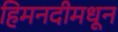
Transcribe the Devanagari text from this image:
हिमनदीमधून